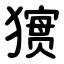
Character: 㺙